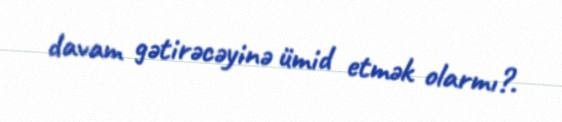
davam gətirəcəyinə ümid etmək olarmı?.